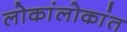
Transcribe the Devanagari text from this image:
लोकांलोकांत